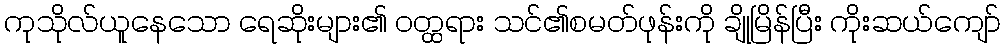
ကုသိုလ်ယူနေသော ရေဆိုးများ၏ ဝတ္ထရား သင်၏စမတ်ဖုန်းကို ချိုမြိန်ပြီး ကိုးဆယ်ကျော်